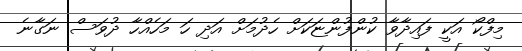
މިފްކޯ އަކީ ފައިދާވާ ކުންފުންޏަކަށް ހެދުމަށް އަދި ހަ މަހެއްހާ ދުވަސް ނަގާނެ